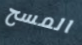
المسح